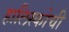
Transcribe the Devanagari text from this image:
हालिस्कोची